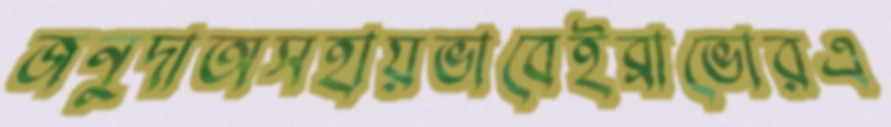
জনুদাঅসহায়ভাবেইব্রাভোরএ